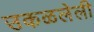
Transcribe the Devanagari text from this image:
उकळलेली